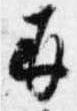
并